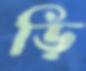
ড়ি